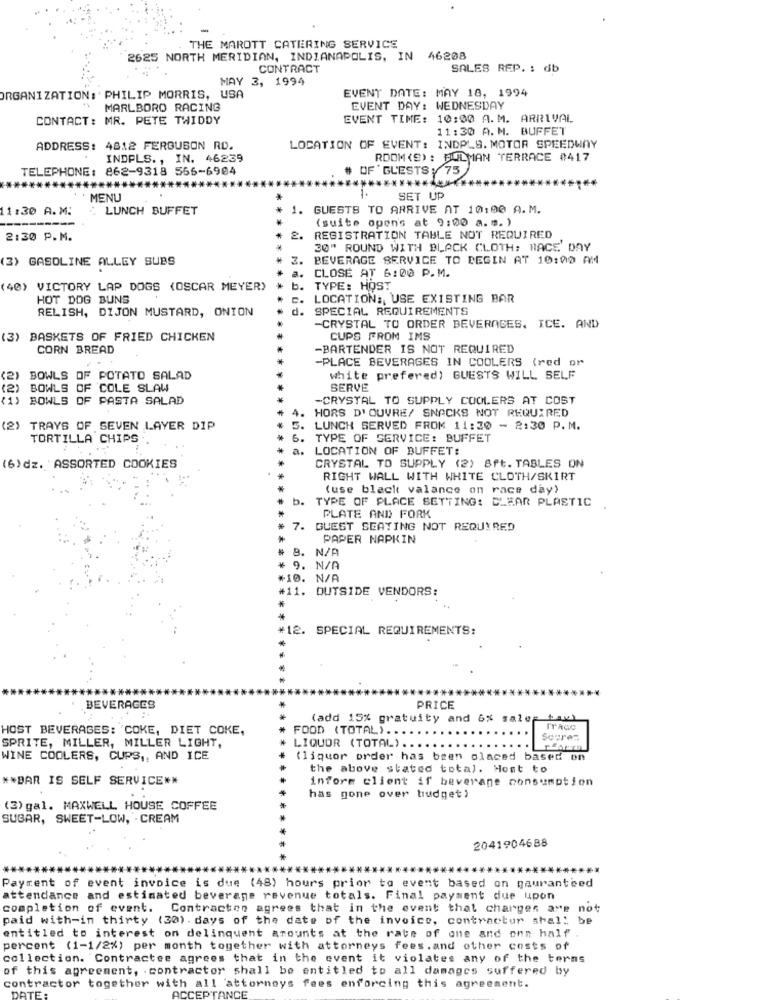
THE MAROTT CATERING SERVICE
2625 NORTH MERIDIAN, INDIANAPOLIS, IN 46208
CONTRACT
SALES REP. : db
MAY 3, 1994
EVENT DATE: MAY 18, 1994
ORGANIZATION:' PHILIP MORRIS, USA
MARLBORO RACING
EVENT DAY: WEDNESDAY
CONTACT: MR. PETE TWIDDY
EVENT TIME: 10:00 A. M. ARRIVAL
11:30 A. M. BUFFET
ADDRESS: 4812 FERGUSON RD.
LOCATION OF EVENT: INDPLS. MOTOR SPEEDWAY
INDPLS. , IN. 46239
ROOM (S): BULMAN TERRACE #417
TELEPHONE: 862-9318 566-6904
OF ' GUESTS , 75
**********
MENU
SET UP
11:30 A.M:
: LUNCH BUFFET
1. GUESTS TO ARRIVE AT 10:00 A.M.
(suite open's at 9:00 a.m. )
2:30 P.M.
2.
REGISTRATION TABLE NOT REQUIRED
30" ROUND WITH BLACK CLOTH; RACE DAY
(3) GASOLINE ALLEY SUBS
BEVERAGE SERVICE TO BEGIN AT 10:00 AM
CLOSE AT 6:00 P.M.
(40) VICTORY LAP DOGS (OSCAR MEYER)
b.
TYPE: HOST
HOT DOG BUNS
c. LOCATION :, USE EXISTING BAR
RELISH, DIJON MUSTARD, ONION
d. SPECIAL REQUIREMENTS
-CRYSTAL TO ORDER BEVERAGES, ICE. AND
(3) BASKETS OF FRIED CHICKEN
CUPS FROM IMS
CORN BREAD
-BARTENDER IS NOT REQUIRED
-PLACE BEVERAGES IN COOLERS (red or
BOWLS OF POTATO SALAD
white prefered) GUESTS WILL SELF
(2) BOWLS OF COLE SLAW
SERVE
(1) BOWLS OF PASTA SALAD
-CRYSTAL TO SUPPLY COOLERS AT COST
4.
HORS D' OUVRE/ SNACKS NOT REQUIRED
(2) TRAYS OF SEVEN LAYER DIP
5. LUNCH SERVED FROM 11:30 - 2:30 P. M.
TORTILLA CHIPS .
6. TYPE OF SERVICE: BUFFET
a. LOCATION OF BUFFET:
CRYSTAL TO SUPPLY (2) 8ft. TABLES ON
(6)dz. ASSORTED COOKIES
RIGHT WALL WITH WHITE CLOTH/SKIRT
(use black valance on race day)
b.
TYPE OF PLACE SETTING: CLEAR PLASTIC
PLATE AND FORK
7. GUEST SEATING NOT REQUIRED
PAPER NAPKIN
. N/A
9. N/A
#10. N/A
#11. OUTSIDE VENDORS:
*12. SPECIAL REQUIREMENTS:
**
BEVERAGES
PRICE
(add 15% gratuity and 6% sales tax)
HOST BEVERAGES: 'COKE, DIET COKE,
FOOD (TOTAL).
SPRITE, MILLER, MILLER LIGHT,
Soure:
LIQUOR (TOTAL) ..
WINE COOLERS, CUPS ,, AND ICE
liquor order has been placed based on
the above stated total. Most to
** BAR IS SELF SERVICE **
inform client if beverage consumption
has gone over budget )
(3) gal. MAXWELL HOUSE COFFEE
SUBAR, SWEET-LOW, . CREAM
2041904688
Payment of event invoice is due (48) hours prior to event based on gauranteed
attendance and estimated beverage revenue totals. Final payment due upon
completion of event. Contracten agrees that in the event that charges are not
paid with-in thirty (30). days of the date of the invoice, contractor shall be
entitled to interest on delinquent amounts at the rate of one and one half
percent (1-1/2%) per month together with attorneys fees.and other costs of
collection. Contracter agrees that in the event it violates any of the terms
of this agreement, . contractor shall be entitled to all damages suffered by
contractor together with all attorneys fees enforcing this agreement.
DATE
CCEP'TANCE